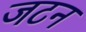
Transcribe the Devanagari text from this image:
जटन